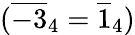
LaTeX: (\overline{{-3}}_{4}=\overline{{1}}_{4})